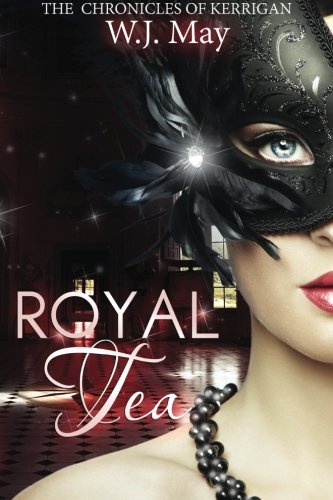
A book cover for Royal Tea (The Chronicles of Kerrigan) (Volume 4); W.J. May; Science Fiction & Fantasy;